Civil Veterinary Dept. Bombay admin report 1914-1922 - 1914-1922
Year: 1914
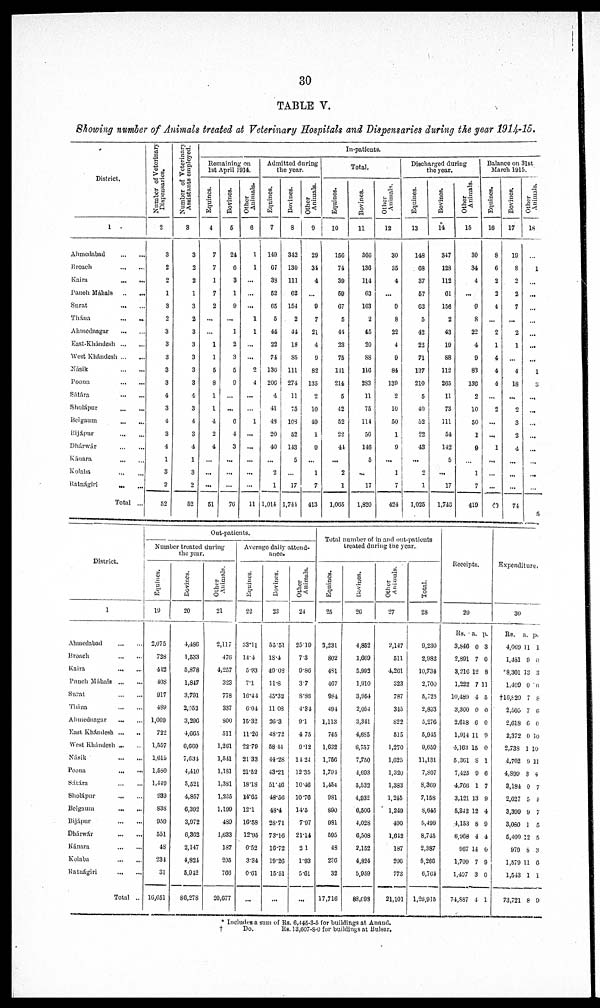
30
TABLE V.
Showing number of Animals treated at Veterinary Hospitals and Dispensaries during the year 1914-15.
District.
1
Ahmedabad
...
...
Broach
...
...
Kaira
...
...
Panch Máhals
...
...
Surat
...
...
Thána
...
...
Ahmednagar ... ...
East-Khándesh
...
...
West Khándesh ... ...
Násik
...
...
Poona
...
...
Sátára
...
...
Sholápur
...
...
Belgaum
...
...
Bijápur
...
...
Dhárwár
...
...
Kánara
...
...
Kolaba
...
...
Ratnágiri
...
...
Total ...
Number of Veterinary
Dispensaries.
2
3
2
2
1
3
2
3
3
3
3
3
4
3
4
3
4
1
3
2
52
Number of Veterinary
Assistants employed.
3
3
2
2
1
3
2
3
3
3
3
3
4
3
4
3
4
1
3
2
52
In-patients.
Remaining on
1st April 1914.
Equines.
4
7
7
1
7
2
...
...
1
1
5
8
1
1
4
2
4
...
...
...
51
Bovines.
5
24
6
3
1
9
...
1
2
3
5
9
...
...
6
4
3
...
...
...
76
Other
Animals.
6
1
1
...
...
...
1
1
...
...
2
4
...
...
1
...
...
...
...
...
11
Admitted during
the year.
Equines.
7
149
67
38
52
65
5
44
22
74
136
206
4
41
48
20
40
...
2
1
1,014
Bovines.
8
342
130
111
62
154
2
44
18
85
111
274
11
75
108
52
143
5
...
17
1,744
Other
Animals.
9
20
34
4
...
9
7
21
4
9
82
135
2
10
49
1
9
...
1
7
413
Total.
Equines.
10
156
74
39
59
67
5
44
23
75
141
214
5
42
52
22
41
...
2
1
1,065
Bovines.
11
306
136
114
63
163
2
45
20
88
116
2S3
11
75
114
56
146
5
...
17
1,820
Other
Animals.
12
30
35
4
...
9
8
22
4
9
84
139
2
10
50
1
9
...
1
7
424
Discharged during
the year.
Equines.
13
148
68
37
57
63
5
42
22
71
137
210
5
40
52
22
43
...
2
1
1,025
Bovines.
14
347
128
112
61
156
2
43
19
88
112
265
11
73
111
54
142
5
...
17
1,748
Other
Animals.
15
30
34
4
...
9
8
22
4
9
83
136
2
10
50
1
9
...
1
7
419
Balance on 31st
March 1915.
Equines.
16
8
6
2
2
4
...
2
1
4
4
4
...
2
...
...
1
...
...
...
40
Bovines.
17
19
8
2
2
7
...
2
1
...
4
18
...
2
3
2
4
...
...
...
74
Other
Animals.
18
...
1
...
...
...
...
...
...
...
1
8
...
...
...
...
...
...
...
District.
1
Ahmedabad
...
...
Broach
...
...
Kaira
...
...
Panch Máhals
...
...
Surat
...
...
Thána
...
...
Ahmednagar
...
...
East Khándesh ...
..
West Khándesh ... ...
Násik ... ...
Poona
...
...
Sátára
...
...
Sholápur
...
...
Belgaum
...
...
Bijápur
...
...
Dhárwár
...
...
Kánara ... ...
Kolaba
...
...
Ratnágiri
...
...
Total ..
Out-patients.
Number treated during
the year.
Equines.
19
2,075
728
412
408
917
489
1,069
722
1,557
1,615
1,580
1,449
939
838
959
551
48
234
31
16,651
Bovines.
20
4,486
1,533
5,878
1,847
3,791
2,053
3,296
4,665
6,669
7,634
4,410
5,521
4,857
6,392
3,972
6,302
2,147
4,824
5,942
86,278
Other
Animals.
21
2,117
470
4,257
323
778
337
800
511
1,261
1,641
1,181
1,381
1,235
1,199
489
1,633
187
205
766
20,077
Average daily attend-
ance.
Equines.
22
33.11
14.4
5.93
7.1
16.44
6.04
15.32
11.26
22.79
21.33
21.52
18.18
14.65
12.1
16.58
12.95
0.52
3.34
0.61
...
Bovines.
23
55.51
18.4
49.08
11.8
45.32
11 08
26.3
48.72
58.44
44.28
43.21
51.46
48.56
48.4
28.71
73.16
16.72
19.26
15.51
...
Other
Animals.
24
25.10
7 3
9.86
3.7
8.86
4.34
9.1
4.75
9.12
14.24
12.35
10.46
10.76
14.5
7.97
21.14
21
1.93
5.61
...
Total number of in and out-patients
treated during the year.
Equines.
25
3,231
802
481
467
984
494
1,113
745
1,632
1,756
1,794
1,454
981
890
981
595
48
236
32
17,716
Bovines.
26
4,852
1,669
5,992
1,910
3,954
2,054
3,341
4,685
6,757
7,750
4,693
5,532
4,932
6,506
4,028
6,508
2,152
4,824
5,959
88,098
Other
Animals.
27
2,147
511
4,261
323
787
345
822
515
1,270
1,625
1,320
1,383
1,245
1,249
490
1,642
187
206
773
21,101
Total.
28
9,230
2,982
10,734
2.700
5,725
2,893
5,276
5,945
9,659
11,131
7,807
8,369
7,158
8,645
5,499
8,745
2,387
5,266
6,764
1,26,015
Receipts.
29
Rs.
3,846
2,891
3,216
1,222
10,489
3,300
2,618
1,914
4,163
5,361
7,425
4,766
3,121
5,342
4,153
6,968
967
1,709
1,407
74,887
a.
0
7
12
7 1
4
0
6
11
15
8
9
1
13
12
8
4
14
7
3
4
p.
3
0
8
1
5
0
0
9
0
1
6
7
9
4
9
4
0
9
0
1
Expenditure.
30
Rs.
4,069
1,431
*8,301
1,409
†10,829
2,505
2,618
2,372
2,733
4,702
4,899
3,184
2,627
3,399
3,080
5,400
979
1,579
1,543
73,721
a.
11
9
13
0
7
7
6
0
1
9
3
0
5
9
1
12
8
11
1
8
p.
1
0
3
6
8
6
0
10
10
11
4
7
4
7
5
5
3
6
1
9
* Includes a sum of Rs. 6,445-3-5 for buildings at Anand.
†
Do.
Rs. 13,607-8-0 for buildings at Bulsar.